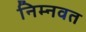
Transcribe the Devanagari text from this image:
निम्‍नवत